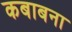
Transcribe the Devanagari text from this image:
कबाबना